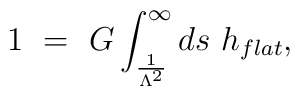
1\,\, = \,\,G\int_{\frac{1}{\Lambda^2}}^{\infty} ds \,\, h_{flat},